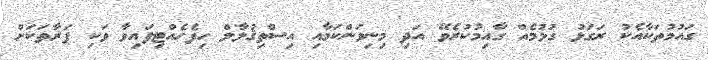
ގައުމުތަކާއެކު ރަގަޅު ގުޅުމެއް ގާއިމުކުރެވޭ އަދި މިނިވަންކަމާއި އިސްތިޤުލާލް ހިފެހެއްޓިފައިވާ ވަކި ފަރާތަކަށް